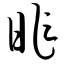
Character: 昨